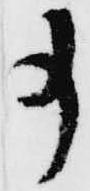
事